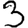
Digit: 3